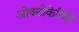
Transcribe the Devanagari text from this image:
ओक्टोकेतिडे